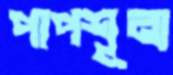
পাপশূন্য